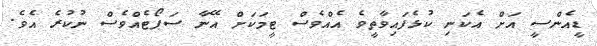
ޑީއެންސީ އަށް އެކަނި ކުޅެފައިވާތީވެ އެއްވެސް ޓީމަކަށް އޭނާ ސަޕޯޓެއްވެސް ނުކުރެ އެވެ.